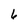
Character: 6